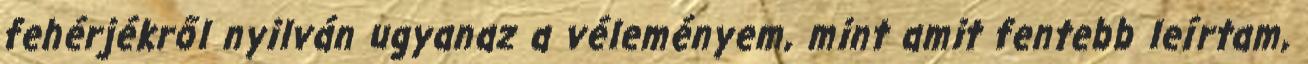
fehérjékről nyilván ugyanaz a véleményem, mint amit fentebb leírtam,